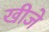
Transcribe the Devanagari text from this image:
खीजे